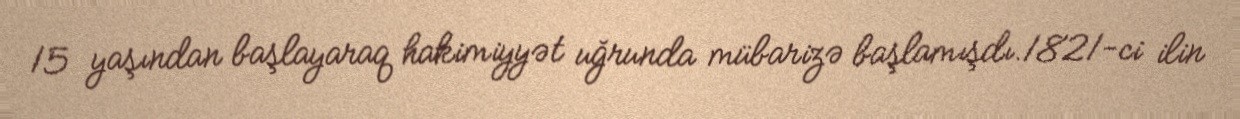
15 yaşından başlayaraq hakimiyyət uğrunda mübarizə başlamışdı.1821-ci ilin